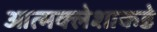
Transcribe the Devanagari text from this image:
आत्मक्लेशाकडे